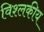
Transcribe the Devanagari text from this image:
विश्लकीय